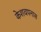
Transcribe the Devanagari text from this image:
केशवपनास